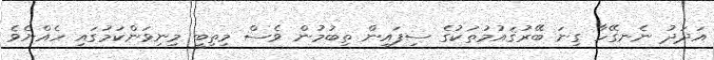
އަދަދު ނެނގޭހާ ގިނަ ބޭރުޤައުމުތަކުގެ ސިފައިން ތިބުމުން ވެސް މިތިބީ މިނިވަންކަމުގައި ހެއްޔެވެ